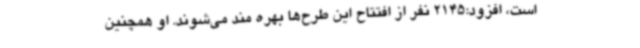
است، افزود:2145 نفر از افتتاح این طرح‌ها بهره مند می‌شوند. او همچنین